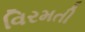
વિરમતી